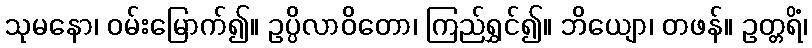
သုမနော၊ ဝမ်းမြောက်၍။ ဥပ္ပိလာဝိတော၊ ကြည်ရွှင်၍။ ဘိယျော၊ တဖန်။ ဥတ္တရိံ၊